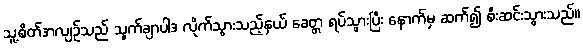
သူ့စိတ်အလျဉ်သည် သွက်ချာပါဒ လိုက်သွားသည့်နှယ် ခေတ္တ ရပ်သွားပြီး နောက်မှ ဆက်၍ စီးဆင်းသွားသည်။